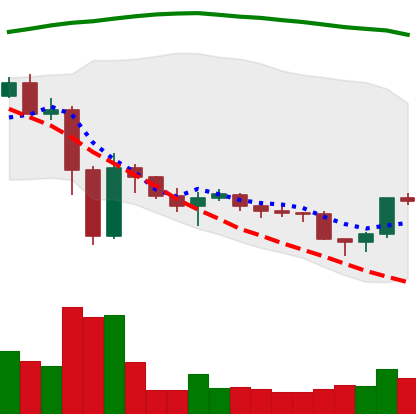
Ticker: ETC-USD
Chart end date: 2022-11-24
Forward return: -3.414%
Label: down_3_5